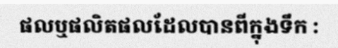
ផលឬផលិតផលដែលបានពីក្នុងទឹក :